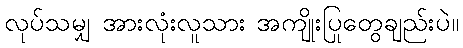
လုပ်သမျှ အားလုံးလူသား အကျိုးပြုတွေချည်းပဲ။